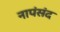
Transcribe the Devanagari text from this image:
नापंसंद